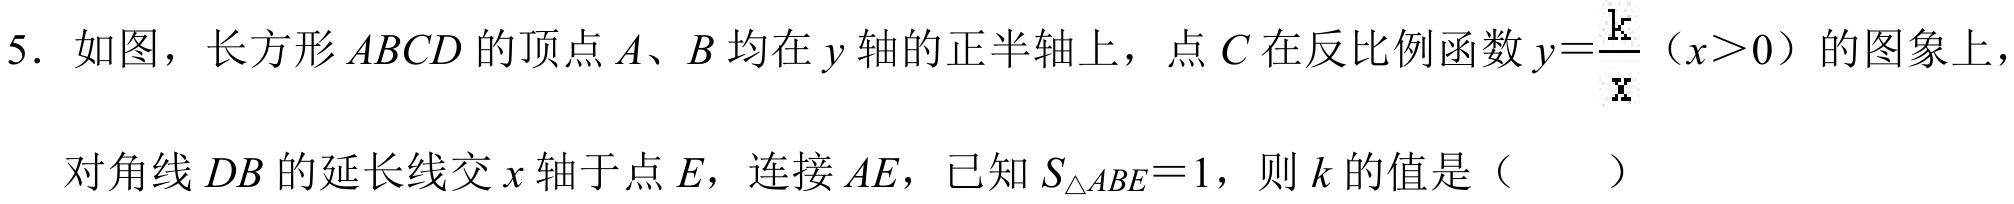
5. 如图，长方形\(ABCD\)的顶点\(A、B\)均在\(y\)轴的正半轴上，点\(C\)在反比例函数\(y = \frac{k}{x}\)（\(x>0\)）的图象上，
对角线\(DB\)的延长线交\(x\)轴于点\(E\)，连接\(AE\)，已知\(S_{\triangle ABE}=1\)，则\(k\)的值是（  ）